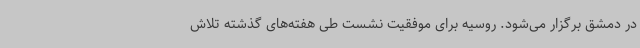
در دمشق برگزار می‌شود. روسیه برای موفقیت نشست طی هفته‌های گذشته تلاش